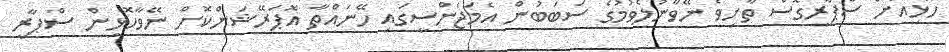
ހޮޅިއަށް ސްޕާރީގޮސް ތާށިވެ ނޭވާނުލެވުމުގެ ސަބަބުން އެމަޖެންސީގައި ހޭނައްތާ އޮޕަރޭޝަންކޮށް ނޭވާހޮޅިން ސްޕާރީ